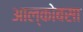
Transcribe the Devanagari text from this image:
आल्कोबसा